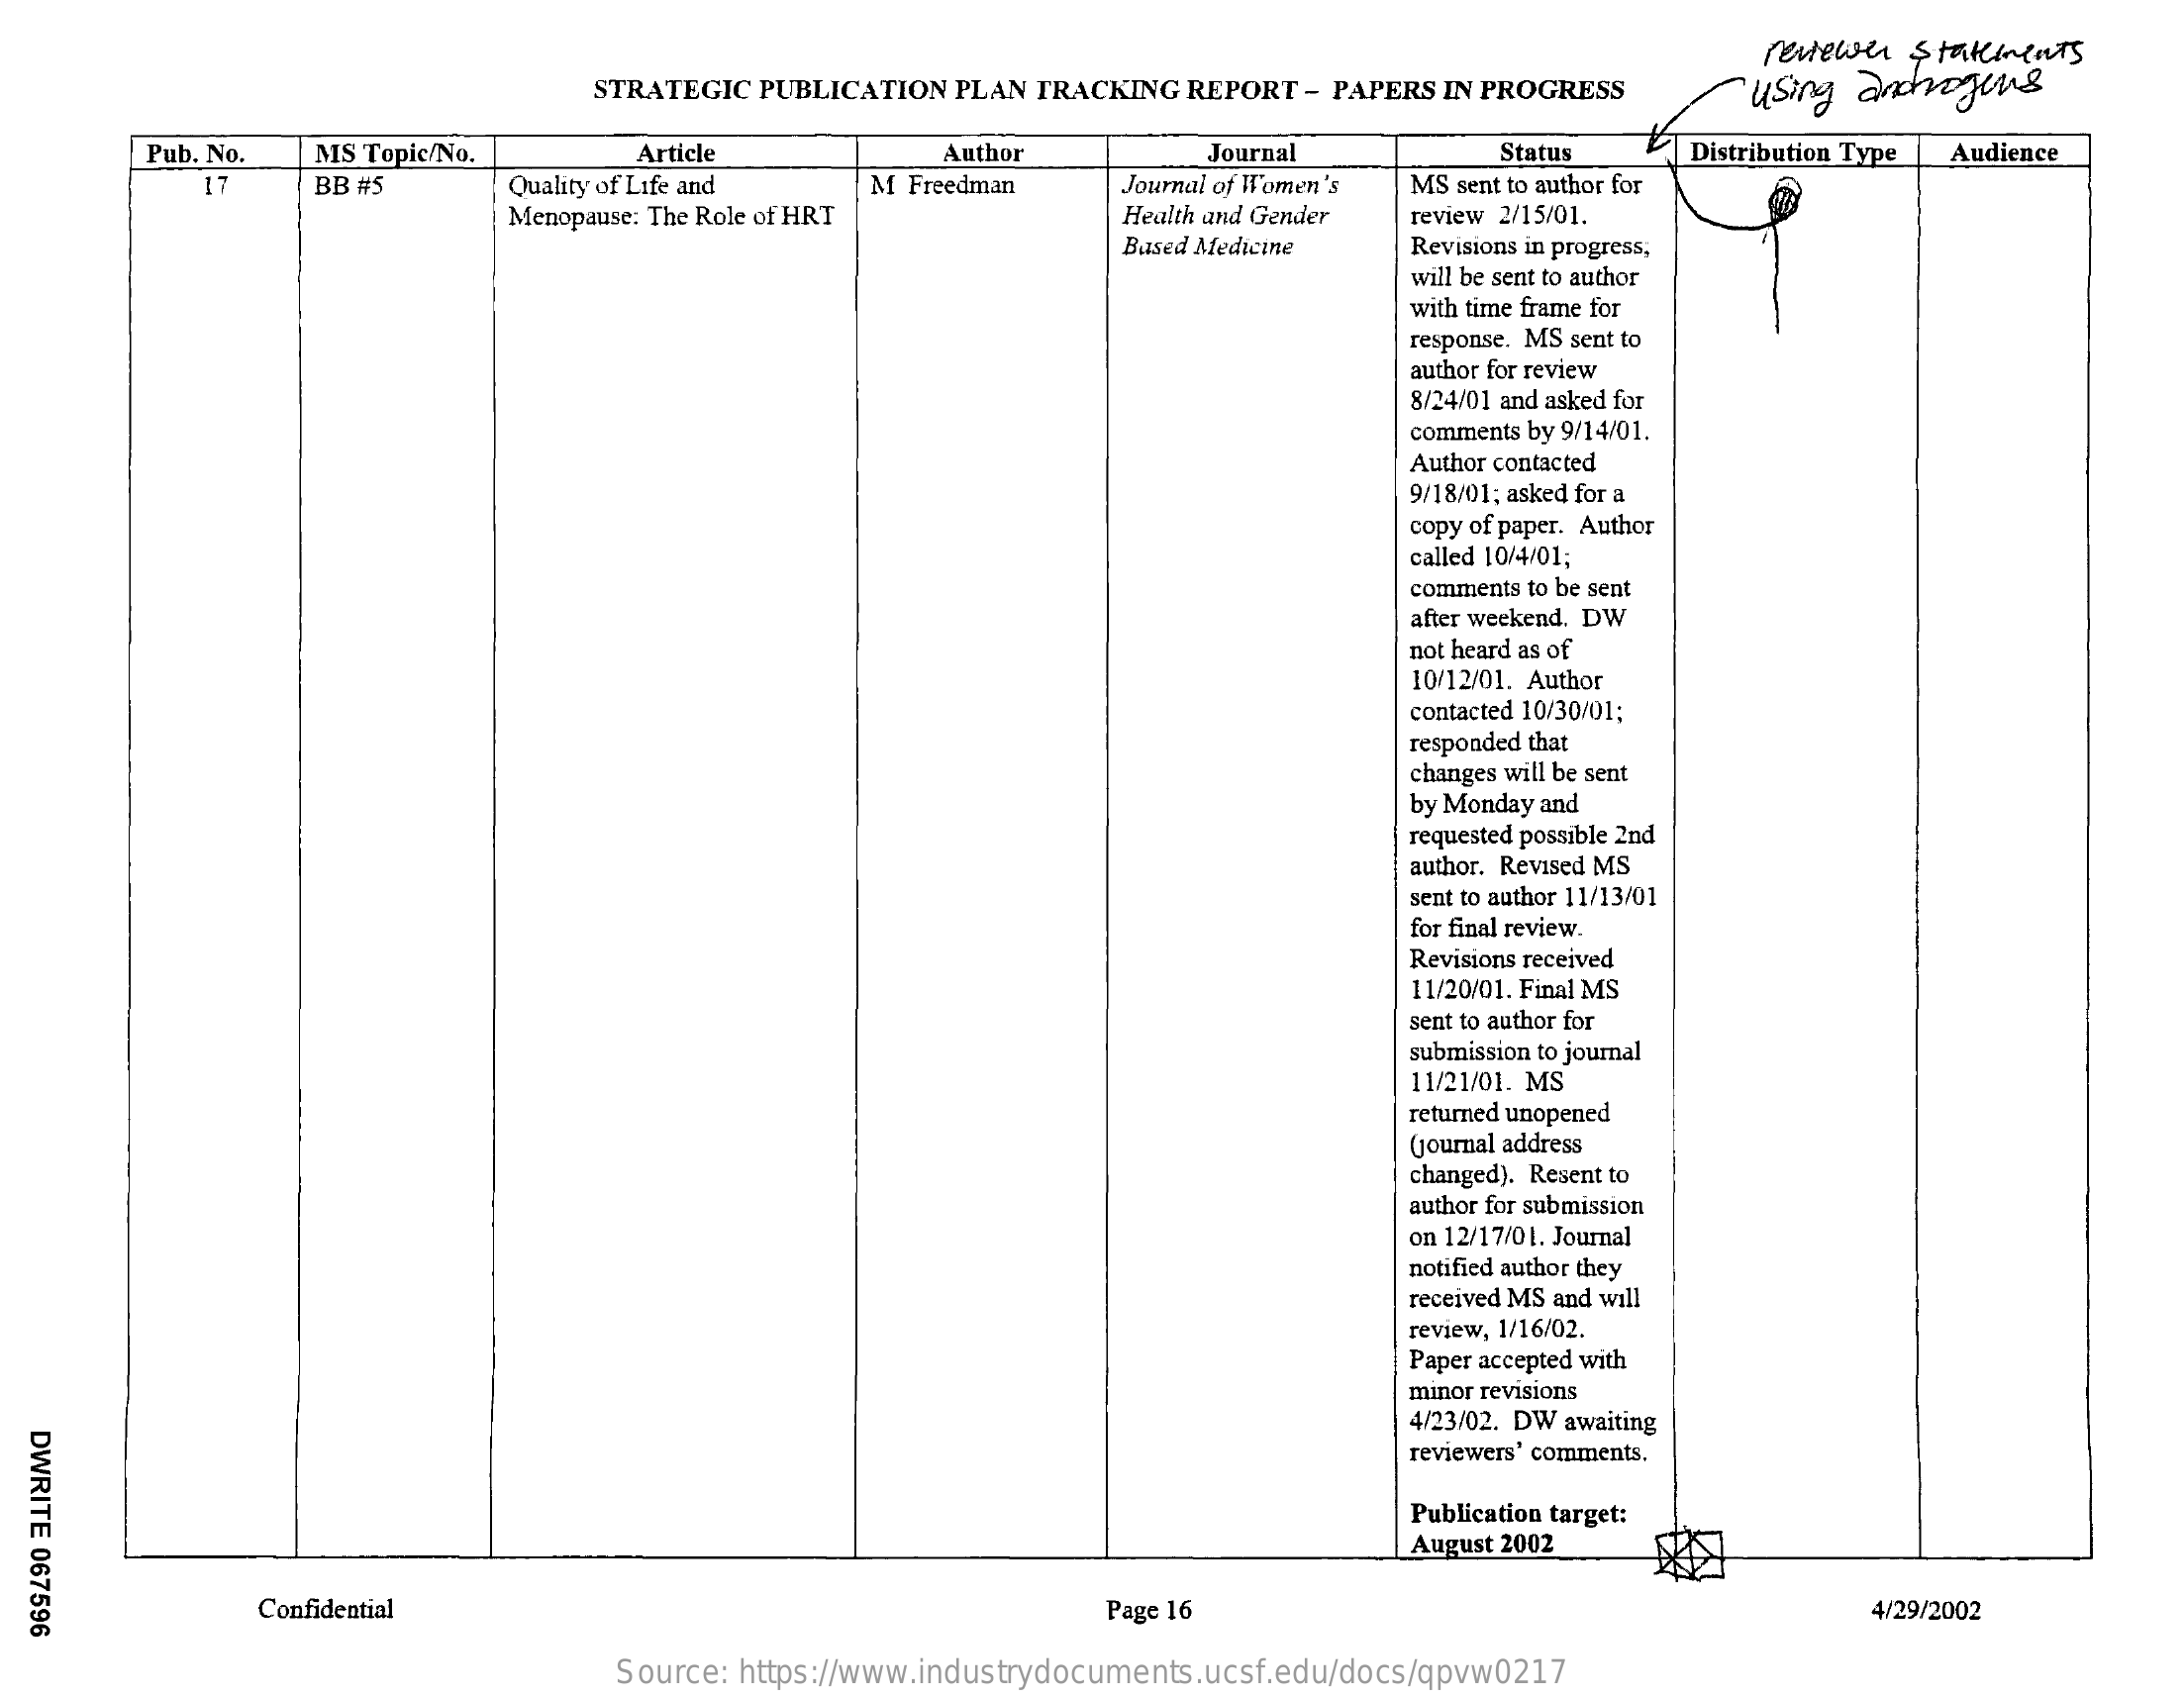
reviewer statements
     STRATEGIC PUBLICATION PLAN TRACKING REPORT - PAPERS IN PROGRESS using androgens
     Pub. No. MS Topic/No.   Article    Author    Journal    Status  Distribution Type Audience
     17   BB #5    Quality of Life and M Freedman Journal of Women's MS sent to author for
     Menopause: The Role of HRT    Health and Gender review 2/15/01.
     Based Medicine Revisions in progress,
     will be sent to author
     with time frame for
     response. MS sent to
     author for review
     8/24/01 and asked for
     comments by 9/14/01.
     Author contacted
     9/18/01; asked for a
     copy of paper. Author
     called 10/4/01;
     comments to be sent
     after weekend. DW
     not heard as of
     10/12/01. Author
     contacted 10/30/01;
     responded that
     changes will be sent
     by Monday and
     requested possible 2nd
     author. Revised MS
     sent to author 11/13/01
     for final review.
     Revisions received
     11/20/01. Final MS
     sent to author for
     submission to journal
     11/21/01. MS
     returned unopened
     Gjournal address
     changed). Resent to
     author for submission
     on 12/17/01. Journal
     notified author they
     received MS and will
     review, 1/16/02.
     Paper accepted with
     minor revisions
     4/23/02. DW awaiting
  DWRITE
  067596
     reviewers' comments.
     Publication target:
     August 2002
     Confidential    Page 16    4/29/2002
     Source: https://www.industrydocuments.ucsf.edu/docs/qpvw0217